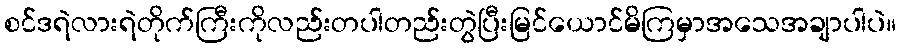
စင်ဒရဲလားရဲတိုက်ကြီးကိုလည်းတပါတည်းတွဲပြီးမြင်ယောင်မိကြမှာအသေအချာပါပဲ။